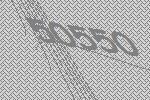
50550